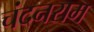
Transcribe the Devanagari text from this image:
चंदनराम